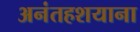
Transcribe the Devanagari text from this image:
अनंतहशयाना